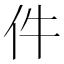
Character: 件